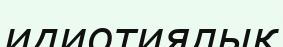
идиотиялық